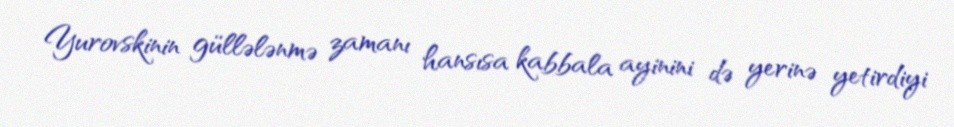
Yurovskinin güllələnmə zamanı hansısa kabbala ayinini də yerinə yetirdiyi